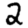
Digit: 2